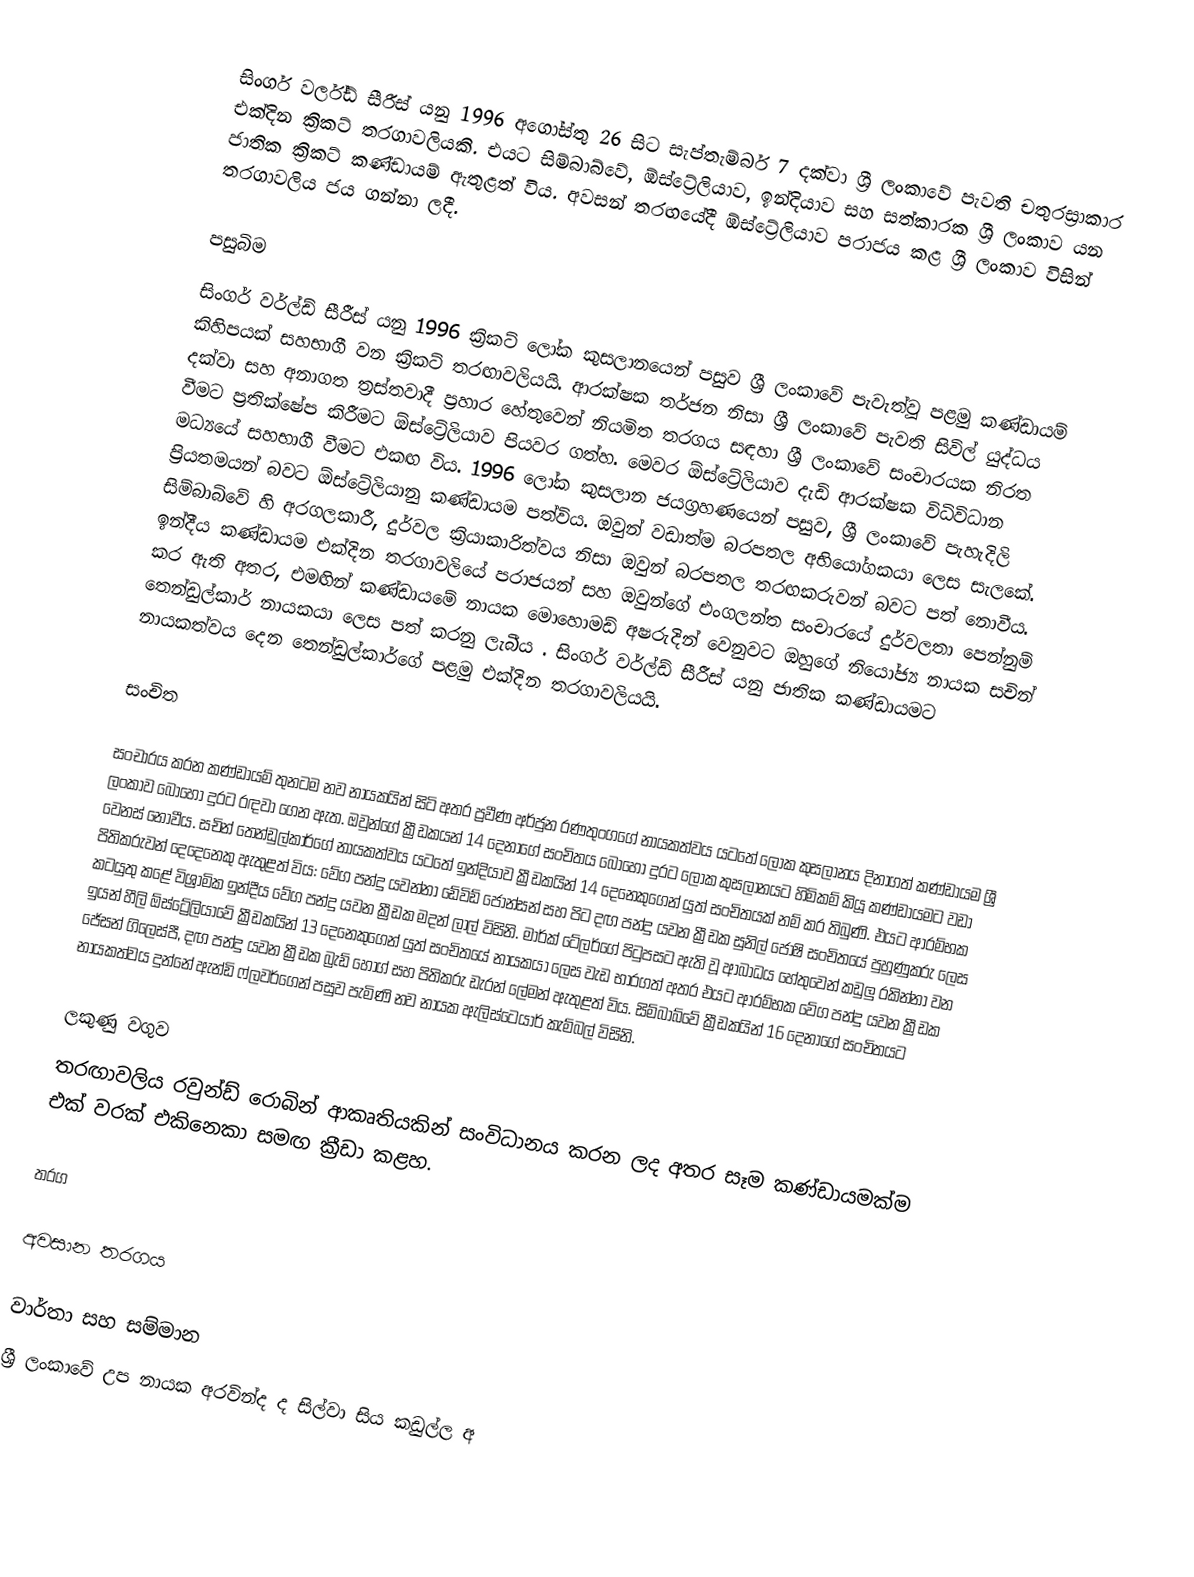
සිංගර් වර්ල්ඩ් සීරීස් යනු 1996 අගෝස්තු 26 සිට සැප්තැම්බර් 7 දක්වා ශ්‍රී ලංකාවේ පැවති චතුරස්‍රාකාර එක්දින ක්‍රිකට් තරගාවලියකි. එයට සිම්බාබ්වේ, ඕස්ට්‍රේලියාව, ඉන්දියාව සහ සත්කාරක ශ්‍රී ලංකාව යන ජාතික ක්‍රිකට් කණ්ඩායම් ඇතුළත් විය. අවසන් තරඟයේදී ඕස්ට්‍රේලියාව පරාජය කළ ශ්‍රී ලංකාව විසින් තරගාවලිය ජය ගන්නා ලදී.

පසුබිම
සිංගර් වර්ල්ඩ් සීරීස් යනු 1996 ක්‍රිකට් ලෝක කුසලානයෙන් පසුව ශ්‍රී ලංකාවේ පැවැත්වූ පළමු කණ්ඩායම් කිහිපයක් සහභාගී වන ක්‍රිකට් තරඟාවලියයි. ආරක්ෂක තර්ජන නිසා ශ්‍රී ලංකාවේ පැවති සිවිල් යුද්ධය දක්වා සහ අනාගත ත්‍රස්තවාදී ප්‍රහාර හේතුවෙන් නියමිත තරගය සඳහා ශ්‍රී ලංකාවේ සංචාරයක නිරත වීමට ප්‍රතික්ෂේප කිරීමට ඕස්ට්‍රේලියාව පියවර ගත්හ. මෙවර ඕස්ට්‍රේලියාව දැඩි ආරක්ෂක විධිවිධාන මධ්‍යයේ සහභාගී වීමට එකඟ විය. 1996 ලෝක කුසලාන ජයග්‍රහණයෙන් පසුව, ශ්‍රී ලංකාවේ පැහැදිලි ප්‍රියතමයන් බවට ඕස්ට්‍රේලියානු කණ්ඩායම පත්විය. ඔවුන් වඩාත්ම බරපතල අභියෝගකයා ලෙස සැලකේ. සිම්බාබ්වේ හි අරගලකාරී, දුර්වල ක්‍රියාකාරිත්වය නිසා ඔවුන් බරපතල තරඟකරුවන් බවට පත් නොවීය. ඉන්දීය කණ්ඩායම එක්දින තරගාවලියේ පරාජයන් සහ ඔවුන්ගේ එංගලන්ත සංචාරයේ දුර්වලතා පෙන්නුම් කර ඇති අතර, එමඟින් කණ්ඩායමේ නායක මොහොමඩ් අෂරුදින් වෙනුවට ඔහුගේ නියෝජ්‍ය නායක සචින් තෙන්ඩුල්කාර් නායකයා ලෙස පත් කරනු ලැබීය . සිංගර් වර්ල්ඩ් සීරීස් යනු ජාතික කණ්ඩායමට නායකත්වය දෙන තෙන්ඩුල්කාර්ගේ පළමු එක්දින තරගාවලියයි.

සංචිත

සංචාරය කරන කණ්ඩායම් තුනටම නව නායකයින් සිටි අතර ප්‍රවීණ අර්ජුන රණතුංගගේ නායකත්වය යටතේ ලෝක කුසලානය දිනාගත් කණ්ඩායම ශ්‍රී ලංකාව බොහෝ දුරට රඳවා ගෙන ඇත. ඔවුන්ගේ ක්‍රීඩකයන් 14 දෙනාගේ සංචිතය බොහෝ දුරට ලෝක කුසලානයට හිමිකම් කියූ කණ්ඩායමට වඩා වෙනස් නොවීය. සචින් තෙන්ඩුල්කාර්ගේ නායකත්වය යටතේ ඉන්දියාව ක්‍රීඩකයින් 14 දෙනෙකුගෙන් යුත් සංචිතයක් නම් කර තිබුණි. එයට ආරම්භක පිතිකරුවන් දෙදෙනෙකු ඇතුළත් විය: වේග පන්දු යවන්නා ඩේවිඩ් ජොන්සන් සහ පිට දඟ පන්දු යවන ක්‍රීඩක සුනිල් ජෝෂි සංචිතයේ පුහුණුකරු ලෙස කටයුතු කළේ විශ්‍රාමික ඉන්දීය වේග පන්දු යවන ක්‍රීඩක මදන් ලාල් විසිනි. මාර්ක් ටේලර්ගේ පිටුපසට ඇති වූ ආබාධය හේතුවෙන් කඩුලු රකින්නා වන ඉයන් හීලි ඕස්ට්‍රේලියාවේ ක්‍රීඩකයින් 13 දෙනෙකුගෙන් යුත් සංචිතයේ නායකයා ලෙස වැඩ භාරගත් අතර එයට ආරම්භක වේග පන්දු යවන ක්‍රීඩක ජේසන් ගිලෙස්පී, දඟ පන්දු යවන ක්‍රීඩක බ්‍රැඩ් හොග් සහ පිතිකරු ඩැරන් ලේමන් ඇතුළත් විය. සිම්බාබ්වේ ක්‍රීඩකයින් 16 දෙනාගේ සංචිතයට නායකත්වය දුන්නේ ඇන්ඩි ෆ්ලවර්ගෙන් පසුව පැමිණි නව නායක ඇලිස්ටෙයාර් කැම්බල් විසිනි.

ලකුණු වගුව
තරඟාවලිය රවුන්ඩ් රොබින් ආකෘතියකින් සංවිධානය කරන ලද අතර සෑම කණ්ඩායමක්ම එක් වරක් එකිනෙකා සමඟ ක්‍රීඩා කළහ.

තරග

අවසාන තරගය

වාර්තා සහ සම්මාන
ශ්‍රී ලංකාවේ උප නායක අරවින්ද ද සිල්වා සිය කඩුල්ල අ